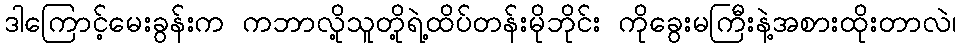
ဒါကြောင့်မေးခွန်းက ကဘာလို့သူတို့ရဲ့ထိပ်တန်းမိုဘိုင်း ကိုခွေးမကြီးနဲ့အစားထိုးတာလဲ၊